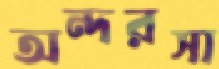
অন্দরসা